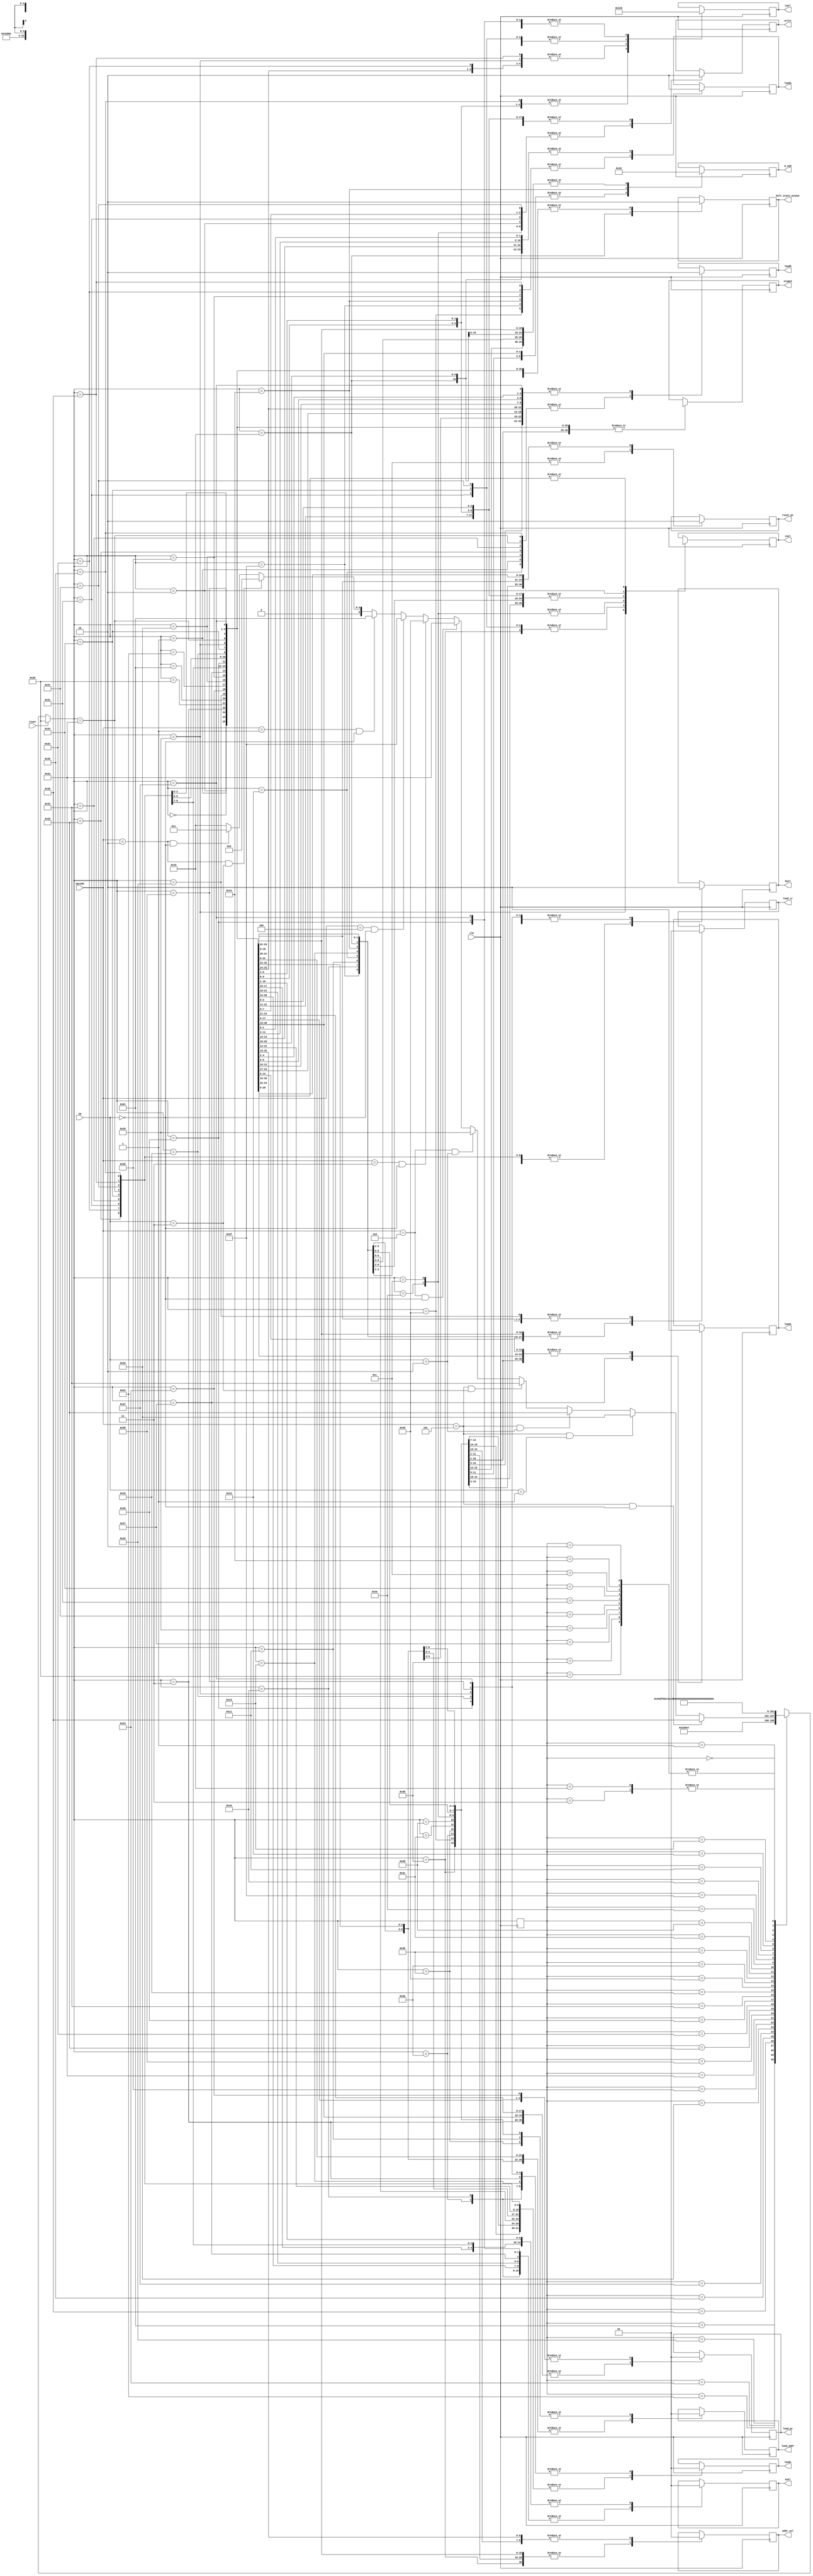
//modifications
`define R 2'b01
`define W 2'b10
`define Reset 6'b100000
`define IF1 6'b100001
`define IF2 6'b100010
`define UpdatePC 6'b100011

				/*state encodings are done in 5 bit binary (needed to encode all states uniquely. */
`define decode 6'b100100
`define CMP1 6'b100101			/*After moving values in the registers - which in turn is done using the MOVSIGN1 states, we describe 3 compare states required to do one row of operations in the table.  */
`define CMP2 6'b100110
`define CMP3 6'b100111

`define MOVSIGN1 6'b101000		/*state encoding for moving a value imm8 into the desired register*/

`define MOVSHIFT1 6'b101010			/*MOVSHIFT operation: Writing a value to Rm, shifting it, reading it to Rm (3 states)*/
`define MOVSHIFT2 6'b101011
`define MOVSHIFT3 6'b101100

`define AND1 6'b101101			/*Reading a value to Rm, reading a value to Rn, shifting the Rm value and AND'ing with Rn (instruction set), reading it to Rd (4 cycles)*/
`define AND2 6'b101110
`define AND3 6'b110000
`define AND4 6'b110001

`define MVN1 6'b110010				/*Reading to Rm, shifting and NOT'ing it (instruction set), reading to Rd (3 cycles = 3 states )*/
`define MVN2 6'b110011
`define MVN3 6'b110100

`define ADD1 6'b110101				/*Similar procedure to AND operation hence 4 cycles i.e. need 4 states to encode this operation.*/
`define ADD2 6'b110110
`define ADD3 6'b110111
`define ADD4 6'b111000

`define LDR1 6'b111001				/*NEW states defined for Load and store and halt instructions.*/ 
`define LDR2 6'b111010
`define LDR3 6'b111011
`define LDR4 6'b111100
`define LDR5 6'b111101
`define LDR6 6'b111110
`define LDR7 6'b001100

`define STR1 6'b111111
`define STR2 6'b010000
`define STR3 6'b010001
`define STR4 6'b010010
`define STR5 6'b010011
`define STR6 6'b010100

`define HALT 6'b010101

`define BL1 6'b000010

`define BX1 6'b000001
`define BX2 6'b000000
`define BX3 6'b000011
module statemachine(opcode, op, reset, clk,

nsel,
vsel,

write, 

loada,
loadb,

bsel,
asel,

loadc,
loads,

//modifications
load_ir,
load_pc,
reset_pc,
addr_sel,
m_cmd,
load_addr,
halt_state_output,stage2
);
	
	//modifications

	output reg load_pc;		//more outputs that determine the progression of the program and controlling of state machine
	output reg reset_pc;
	output reg [1:0] m_cmd;		//read or write
	output reg addr_sel;		//selecting between PC counter and data address RLE.	
	output reg load_ir;		//load ro instruction register
	output reg load_addr;		//controls the flow address coming out of datapath to memory. 
	output reg stage2;
	input [2:0] opcode; //assume 101 = ALU
	input [1:0] op;// assume 00 = ADD
	input reset;
	input clk;
	
	reg [5:0] present_state;
	output reg halt_state_output;		/*keep track of current state we are in to progress*/

	output reg [2:0] nsel;	
	output reg [3:0] vsel; //9

	output reg write;
	
	output reg loada; //3

	output reg loadb; //3

	output reg bsel; //7

	output reg asel; //6


	output reg loadc; //5

	output reg loads; //10


always @(posedge clk) begin
if(reset == 1) begin			/*synchronous reset*/
	present_state = `Reset;
end else begin
	case(present_state)		/*First case statement handles transitions */
	`Reset: present_state = `IF1;	/*new states for stage 1 of lab: instruction memory*/
	
	`IF1: present_state = `IF2;	/*following the state transition diagram in lab doc*/
	
	`IF2: present_state = `UpdatePC;
	
	`UpdatePC: present_state = `decode;
	
	`decode: 					/*many types of operations branch out from the decode state depending on opcode and op: the next state depends on these and as a result so do subsequent states.*/
		if(opcode == 3'b101 && op == 2'b00) begin
			present_state = `ADD1;
		end else if(opcode == 3'b101 && op == 2'b01) begin
			present_state = `CMP1;
		end else if(opcode == 3'b101 && op == 2'b10) begin
			present_state = `AND1; 
		end else if(opcode == 3'b101 && op == 2'b11) begin
			present_state = `MVN1;
		end
		
			else if(opcode == 3'b110 && op == 2'b10) begin
			present_state = `MOVSIGN1;
		end else if (opcode == 3'b110 && op == 2'b00) begin
			present_state = `MOVSHIFT1;
		end 
		else if (opcode == 3'b011 && op == 2'b00) begin		//more opcodes for halt, str and load "paths."
			present_state = `LDR1;
		end else if (opcode == 3'b100 && op == 2'b00) begin
			present_state = `STR1;
		end 
		else if(opcode == 3'b001 && op ==2'b00)begin 
			present_state = `IF1;
		end
		else if(opcode==3'b010 && op==2'b11) begin // To execute BL instructon 
			present_state = `BL1;
		end
		else if(opcode==3'b010 && op==2'b00) begin
			present_state = `BX1;	// To execute BX instruction
		end 
		else begin 
			present_state = `HALT;
		end
		
	`ADD1: present_state = `ADD2;		/*Once ADD state begins, proceed to complete the whole ADD cycle before returning back to Wait.*/
	`ADD2: present_state = `ADD3;
	`ADD3: present_state = `ADD4;
	`ADD4: present_state = `IF1;
	
	`CMP1: present_state = `CMP2;		/*similar for all other states once a path is inititated.*/
	`CMP2: present_state = `CMP3;
	`CMP3: present_state = `IF1;

	`MOVSIGN1: present_state = `IF1;
	
	`MOVSHIFT1: present_state = `MOVSHIFT2;
	`MOVSHIFT2: present_state = `MOVSHIFT3;
	`MOVSHIFT3: present_state = `IF1;
    
  	`AND1: present_state = `AND2;
 	`AND2: present_state =`AND3;
  	`AND3: present_state = `AND4;
  	`AND4: present_state = `IF1; 

  	`MVN1: present_state = `MVN2;
  	`MVN2: present_state = `MVN3; 
  	`MVN3: present_state = `IF1;

	`LDR1: present_state = `LDR2;	/*Need 7 states to load from memory to register*/
	`LDR2: present_state = `LDR3;
	`LDR3: present_state = `LDR4;
	`LDR4: present_state = `LDR5;
	`LDR5: present_state = `LDR6;
	`LDR6: present_state = `LDR7;
	`LDR7: present_state = `IF1;

	`STR1: present_state = `STR2; 	/*Need 7 states to load from memory to register*/
	`STR2: present_state = `STR3;
	`STR3: present_state = `STR4;
	`STR4: present_state = `STR5;
	`STR5: present_state = `STR6;
	`STR6: present_state = `IF1;
	
	`BL1:present_state=`IF1;
	
	
	`BX1:present_state=`BX2;
	`BX2:present_state = `BX3;
	`BX3:present_state = `HALT;
	
 	`HALT: present_state = `HALT; 	/*unconditional looping*/ 
	default: present_state = 6'bxxxxxx; 
	endcase
end
	case(present_state)				/*The second case statement describes the outputs associated with each state - good FSM coding practice. */ 
		`Reset: begin				/*w = 1 for autograder, everything else set to inactive state.*/				
	nsel = 0;
	vsel = 0;
	loada = 0;
        loadb = 0;	
        asel = 0;
        bsel = 0;
        loadc = 0;
        loads = 0;
        write = 0; 
	halt_state_output = 0;
	stage2 = 1'bx;
	//new	
	reset_pc = 1;	/*Sets the program couter to 0*/ 
	load_pc = 1;
	load_ir = 0;
	m_cmd = 2'b00;
	addr_sel = 1;
	load_addr = 0;
	
end


		`IF1: begin		
	load_ir = 0;
	load_pc = 0;
	reset_pc = 0;
	addr_sel  = 1; //modified - delivers the PC increment to memory which is read using the Read command. 
	m_cmd = `R;		//memory is instructed to read data. 
	addr_sel = 1;
	load_addr = 0;
	nsel = 0;
	vsel = 0;
	loada = 0;
        loadb = 0;	
        asel = 0;
        bsel = 0;
        loadc = 0;
        loads = 0;
        write = 0; 
	halt_state_output = 0;
	stage2 = 1'bx;
	
end
		`IF2: begin

	load_ir = 1;		//load_ir feeds an instruction set to be decoded 
	load_pc = 0;
	reset_pc = 0;
	m_cmd = `R;		//memory still instructed to read 
	addr_sel = 1;
	load_addr = 0;
	nsel = 0;
	vsel = 0;
	loada = 0;
        loadb = 0;	
        asel = 0;
        bsel = 0;
        loadc = 0;
        loads = 0;
        write = 0; 
	halt_state_output = 0;
	stage2 = 1'bx;
end
		`UpdatePC: begin

	load_ir = 0;		//State responsible for incrementing program counter by 1. 
	load_pc = 1;
	reset_pc = 0;
	m_cmd = 2'b00;		//memory is inactive in this state.  
	addr_sel = 0;
	load_addr = 0;
	nsel = 0;
	vsel = 0;
	loada = 0;
        loadb = 0;	
        asel = 0;
        bsel = 0;
        loadc = 0;
        loads = 0;
        write = 0; 
	halt_state_output = 0;
stage2 = 1'bx;
end
	
		`decode: begin			/*w is set to 0*/
				nsel = 0;
				vsel = 0;
				loada = 0;
        			loadb = 0;	
        			asel = 1;
        			bsel = 1;
        			loadc = 0;
        			loads = 0;
        			write = 0; 
				stage2 = 1'bx;
				reset_pc = 0;
				load_pc  = 0;
				m_cmd = 2'b00;
				addr_sel = 0;
				load_ir = 0;
				load_addr = 0;
				halt_state_output = 0;
end
	
		`CMP1: begin		/*Rm is selected with nsel, and written into load b in datapath.*/
			nsel = 3'b001;
			vsel = 0;
			loada = 0;
       			loadb = 1;	
        		asel = 1;
        		bsel = 1;
        		loadc = 0;
        		loads = 0;
        		write = 0; 
			halt_state_output = 0;
			reset_pc = 0;
			load_pc  = 0;
			m_cmd = 2'b00;
			addr_sel = 0;
			load_ir = 0;
			load_addr = 0;
			stage2 = 1'bx;
			end	
		`CMP2: begin     /*Rn is selected with nsel, and written into load a in datapath.*/
      
		stage2 = 1'bx;		
		nsel = 3'b100;
		vsel = 0;
		loada = 1;
        	loadb = 0;	
        	asel = 1;
        	bsel = 1;
        	loadc = 0;
        	loads = 0;
        	write = 0; 
		halt_state_output = 0;
				reset_pc = 0;
				load_pc  = 0;
				m_cmd = 2'b00;
				addr_sel = 0;
				load_ir = 0;
				load_addr = 0;
		end
	
		`CMP3: begin		/*Rn is selected with nsel, and load s is ACTIVATED to get Z,V,and N signals out from datapath (special to CMP operation)*/
		stage2 = 1'bx;
		nsel = 3'b100;
		vsel = 0;
		loada = 0;
        	loadb = 0;	
        	asel = 0;
        	bsel = 0;
        	loadc = 0;				
        	loads = 1;
        	write = 0; 
		halt_state_output = 0;
				reset_pc = 0;
				load_pc  = 0;
				m_cmd = 2'b00;
				addr_sel = 0;
				load_ir = 0;
				load_addr = 0;
	end 

	`AND1: begin			/*Rm is copeied into load b which will then pass onto the shifter for succesfully finishing sh<Rm>*/
      
		stage2 = 1'bx;
		nsel = 3'b001;
		vsel = 0;
		loada = 0;
        	loadb = 1;	
        	asel = 1;
        	bsel = 1;
        	loadc = 0;
        	loads = 0;
        	write = 0; 
		halt_state_output = 0;
				reset_pc = 0;
				load_pc  = 0;
				m_cmd = 2'b00;
				addr_sel = 0;
				load_ir = 0;
				load_addr = 0;
   end
      
		`AND2: begin	/*Rn copied into load a.*/
      stage2 = 1'bx;
      nsel = 3'b100;
			vsel = 0;
			loada = 1;
      loadb = 0;	
      asel = 1;
      bsel = 1;
      loadc = 0;
      loads = 0;
      write = 0; 
			halt_state_output = 0;
				reset_pc = 0;
				load_pc  = 0;
				m_cmd = 2'b00;
				addr_sel = 0;
				load_ir = 0;
				load_addr = 0;
      
    end
      
      `AND3: begin		/*load c activated to store the result of the AND operation in datapath*/
      stage2 = 1'bx;
      nsel = 0;
	vsel = 0;
	loada = 0;
      loadb = 0;	
      asel = 0;
      bsel = 0;
      loadc = 1;
      loads = 0;
      write = 0; 
			halt_state_output = 0;
				reset_pc = 0;
				load_pc  = 0;
				m_cmd = 2'b00;
				addr_sel = 0;
				load_ir = 0;
				load_addr = 0;
			
      end
    
    	`AND4: begin	/*write is set to 1 to write the result to Rd and vsel is set to 4'b0001 to make sure the output from the calculation is fed back into the mux to go into desired register. */
        stage2 = 1'bx;
      nsel = 3'b010;
			vsel = 4'b0001;
			loada = 0;
      loadb = 0;	
      asel = 1;
      bsel = 1;
      loadc = 0;
      loads = 0;
      write = 1; 
			halt_state_output = 0;
				reset_pc = 0;
				load_pc  = 0;
				m_cmd = 2'b00;
				addr_sel = 0;
				load_ir = 0;
				load_addr = 0;
			
      end
    
    `MVN1: begin /*Rm is copied onto load b.*/
      stage2 = 1'bx;
      nsel = 3'b001;
			vsel = 0;
			loada = 0;
      loadb = 1;	
      asel = 1;
      bsel = 1;
      loadc = 0;
      loads = 0;
      write = 0; 
			halt_state_output = 0;
				reset_pc = 0;
				load_pc  = 0;
				m_cmd = 2'b00;
				addr_sel = 0;
				load_ir = 0;
				load_addr = 0;
      
    end
      
    `MVN2: begin	/*load c is activated to let through the not-shifted Rm value*/
      stage2 = 1'bx;
      nsel = 3'b001;
			vsel = 0;
			loada = 0;
      loadb = 0;	
      asel = 1;
      bsel = 0;
      loadc = 1;
      loads = 0;
      write = 0; 
			halt_state_output = 0;
				reset_pc = 0;
				load_pc  = 0;
				m_cmd = 2'b00;
				addr_sel = 0;
				load_ir = 0;
				load_addr = 0;
        
      end
    
        `MVN3: begin	/*writing the result onto Rd, vsel is chosen as 0001 to choose the C output to feedback into the mux so that it can go into our desired register. */
      stage2 = 1'bx;
      
      nsel = 3'b010;
			vsel = 4'b0001;
			loada = 0;
      loadb = 0;	
      asel = 1;
      bsel = 1;
      loadc = 0;
      loads = 0;
      write = 1; 
			halt_state_output = 0;
				reset_pc = 0;
				load_pc  = 0;
				m_cmd = 2'b00;
				addr_sel = 0;
				load_ir = 0;
				load_addr = 0;
      
    end

	`MOVSIGN1: begin	/*the input value is written onto Rn (selected from nsel and write = 1)*/
      stage2 = 1'bx;
      nsel = 3'b100;
			vsel = 4'b0100;
			loada = 0;
      			loadb = 0;	
      			asel = 1;
      			bsel = 0;
      loadc = 1;
      loads = 0;
      write = 1; 
			halt_state_output = 0;
				reset_pc = 0;
				load_pc  = 0;
				m_cmd = 2'b00;
				addr_sel = 0;
				load_ir = 0;
				load_addr = 0;

	end

	`MOVSHIFT1: begin		/*Rm is fed into load b for shifting and bitwise notting.*/
      stage2 = 1'bx;
   
      nsel = 3'b001;
			vsel = 0;
			loada = 0;
      			loadb = 1;	
      			asel = 1;
      			bsel = 1;
      loadc = 0;
      loads = 0;
      write = 0; 
			halt_state_output = 0;
				load_pc = 0;
				reset_pc = 0;
				m_cmd = 2'b00;
				addr_sel = 0;
				load_ir = 0;
				load_addr = 0;
	end

	`MOVSHIFT2: begin	/*load c is activated to return the result of the operations done on Rm. */
      stage2 = 1'bx;
           nsel = 3'b001;
		vsel = 0;
		loada = 0;
      		loadb = 0;	
      		asel = 1;
      		bsel = 0;
      loadc = 1;
      loads = 0;
      write = 0; 
			halt_state_output = 0;
				reset_pc = 0;
				load_pc  = 0;
				m_cmd = 2'b00;
				addr_sel = 0;
				load_ir = 0;
				load_addr = 0;	
				reset_pc = 0;
				m_cmd = 2'b00;
				load_addr = 0;

	end

	`MOVSHIFT3: begin	/*This value is written onto Rd by looping it back through the multiplexer (write = 1 and vsel = 0001).*/
      stage2 = 1'bx;
      nsel = 3'b010;
			vsel = 4'b0001;
			loada = 0;
      			loadb = 0;	
      			asel = 1;
      			bsel = 1;
      loadc = 0;
      loads = 0;
      write = 1; 
		halt_state_output = 0;

				reset_pc = 0;
				load_pc  = 0;
				addr_sel  = 0;
				m_cmd = 2'b00;
				addr_sel = 0;
				load_ir = 0;
				load_addr = 0;

	end
        
	`ADD1: begin		/*Rn copied onto load a.*/

 		// register operand fetch stage
stage2 = 1'bx;
                nsel = 3'b100;
		vsel = 0;
                loada = 1;
                loadb = 0;	

                // computation stage (sometimes called "execute")
                asel = 1;
                bsel = 1;
                loadc = 0;
                loads = 0;
halt_state_output = 0;
                // set when "writing back" to register file
                
                write = 0; 

		reset_pc = 0;
		load_pc  = 0;
		addr_sel  = 0;
		m_cmd = 2'b00;
		addr_sel = 0;
		load_ir = 0;
		load_addr = 0;
	end
	`ADD2: begin		/*Rm copied to load b for shifting purposes. */
stage2 = 1'bx;
		halt_state_output = 0;
		nsel = 3'b001;
		vsel = 0;
                loada = 0;
                loadb = 1;	
		

                // computation stage (sometimes called "execute")
           
                asel = 1;
                bsel = 1;
               
                loadc = 0;
                loads = 0;

                // set when "writing back" to register file
            
                write = 0; 
          
		//modification
		
				reset_pc = 0;
				load_pc  = 0;
				addr_sel  = 0;
				m_cmd = 2'b00;
				addr_sel = 0;
				load_ir = 0;
				load_addr = 0;
	end 
	`ADD3:	begin	/*load c activated to yield the addition result*/
	stage2 = 1'bx;
		halt_state_output = 0;
		nsel = 0;
		vsel = 0;
                loada = 0;
                loadb = 0;	
		//readnum,

                // computation stage (sometimes called "execute")
             
                asel = 0;
                bsel = 0;
              
                loadc = 1;
                loads = 0;

                // set when "writing back" to register file
             
                write = 0; 
            

		//modification

				reset_pc = 0;
				load_pc  = 0;
				addr_sel  = 0;
				m_cmd = 2'b00;
				addr_sel = 0;
				load_ir = 0;
				load_addr = 0;
	end
	`ADD4: 	begin		/*result is written onto Rd*/
halt_state_output = 0;
		nsel = 3'b010;
		vsel = 4'b0001;
                loada = 0;
                loadb = 0;	
		stage2 = 1'bx;

                // computation stage (sometimes called "execute")
             
                asel = 1;
                bsel = 1;
              
                loadc = 0;
                loads = 0;

                // set when "writing back" to register file
              
                write = 1; 
             
		//modification

				reset_pc = 0;
				load_pc  = 0;
				addr_sel  = 0;
				m_cmd = 2'b00;
				addr_sel = 0;
				load_ir = 0;
				load_addr = 0;
	end

`LDR1: begin		/*Rn needs to be added to im5 hence it is let through load A. */
	reset_pc = 0;	
	load_pc  = 0;
	m_cmd = 2'b00;
	addr_sel = 1;
	load_ir = 0;
	load_addr = 0;
	nsel = 3'b100; //Rn = 100 Rd = 010 Rm = 001
	vsel = 0;
	loada = 1; //mod	
    	loadb = 0;	
    	asel = 1;
    	bsel = 1;
    	loadc = 0;
    	loads = 0;
    	write = 0; 	/*Rn + im5 is the address that needs to be fed to memory.*/ 
halt_state_output = 0;
stage2 = 1'bx;
end
`LDR2: begin
	reset_pc = 0;
	load_pc  = 0;
	m_cmd = 2'b00;
	addr_sel = 1;
	load_ir = 0;
	load_addr = 0;
	nsel = 3'b100; //Rn = 100 Rd = 010 Rm = 001
	vsel = 0;
	loada = 0;
    	loadb = 0;	
    	asel = 0;
    	bsel = 1;
    	loadc = 1; //mod - taken out of datapath
    	loads = 0;
    	write = 0; 
	halt_state_output = 0;
stage2 = 1'bx;
end	
`LDR3:  begin
	reset_pc = 0;
	load_pc  = 0;
	m_cmd = 2'b00;
	addr_sel = 1;
	load_ir = 0;
	load_addr = 1; //mod - passes through the Data address RLE and
	nsel = 3'b100; //Rn = 100 Rd = 010 Rm = 001
	vsel = 0;
	loada = 0;
    	loadb = 0;	
    	asel = 1;
    	bsel = 1;
    	loadc = 0;
    	loads = 0;
    	write = 0; 
halt_state_output = 0;
stage2 = 1'bx;
end	
`LDR4: begin
	reset_pc = 0;
	load_pc  = 0;
	m_cmd = `R;	//m_cmd set to read. 
	addr_sel = 0; //mod - for transferring the address value to the memory block side. 
	load_ir = 0;
	load_addr = 0; //mod
	nsel = 3'b100; //Rn = 100 Rd = 010 Rm = 001
	vsel = 0;
stage2 = 1'bx;
	loada = 0;
    	loadb = 0;	
    	asel = 1;
    	bsel = 1;
    	loadc = 0;
    	loads = 0;
    	write = 0; 
	halt_state_output = 0;
end	
`LDR5: begin			//duplicated - reading address into memory (LDR4) and copying the value out of RAM (LDR5). 
	reset_pc = 0;		//dout - > readdata-> mdata = happening at the next clock edge after LDR4. 
	load_pc  = 0;
	m_cmd = `R;
	addr_sel = 0; //mod
	load_ir = 0;
stage2 = 1'bx;
	load_addr = 0; //mod
	nsel = 3'b100; //Rn = 100 Rd = 010 Rm = 001
	vsel = 0;
	loada = 0;
    	loadb = 0;	
    	asel = 1;
    	bsel = 1;
    	loadc = 0;
    	loads = 0;
    	write = 0; 
	halt_state_output = 0;
end	
`LDR6: begin
	reset_pc = 0;
	load_pc  = 0;
stage2 = 1'bx;
	m_cmd = `R;
	addr_sel = 0; //mod
	load_ir = 0;
	load_addr = 0; //mod
	nsel = 3'b010; //Rn = 100 Rd = 010 Rm = 001 	(Selecting Rd now for placing contents into.)
	vsel = 4'b1000; //reading from mdata
	loada = 0;
    	loadb = 0;	
    	asel = 1;
    	bsel = 1;
   	loadc = 0;
    	loads = 0;
    	write = 1; 
halt_state_output = 0;
	
end	

`LDR7: begin
	reset_pc = 0;
	load_pc  = 0;
	m_cmd = `R;
stage2 = 1'bx;
	addr_sel = 0; //mod
	load_ir = 0;
	load_addr = 0; //mod
	nsel = 3'b010; //Rn = 100 Rd = 010 Rm = 001 	(Selecting Rd now for placing contents into.)
	vsel = 4'b1000; //reading from mdata
	loada = 0;
    	loadb = 0;	
    	asel = 1;
    	bsel = 1;
   	loadc = 0;
    	loads = 0;
    	write = 1; 

	halt_state_output = 0;
end	
	
	
`STR1: begin			/*STR1-3 are the exactly the same isntructions as LDR1-3: copying the address out of datapath */ 
	reset_pc = 0;
	load_pc  = 0;
stage2 = 1'bx;
	m_cmd = 2'b00;
	addr_sel = 0;
	load_ir = 0;
	load_addr = 0;
	nsel = 3'b100; //Rn = 100 Rd = 010 Rm = 001
	vsel = 0;
	loada = 1; //mod
    	loadb = 0;	
    	asel = 1;
    	bsel = 1;
    	loadc = 0;
    	loads = 0;
    	write = 0; 
halt_state_output = 0;
end	

`STR2: begin
	reset_pc = 0;
	load_pc  = 0;
	m_cmd = 2'b00;
	addr_sel = 0;
stage2 = 1'bx;
	load_ir = 0;
	load_addr = 0;
	nsel = 3'b100; //Rn = 100 Rd = 010 Rm = 001
	vsel = 0;
	loada = 0; //mod
    	loadb = 0;	
    	asel = 0;
    	bsel = 1;
    	loadc = 1;
    	loads = 0;
    	write = 0; 
halt_state_output = 0;
end	

`STR3: begin
	reset_pc = 0;
	load_pc  = 0;
	m_cmd = 2'b00;
	addr_sel = 0;
	load_ir = 0;
stage2 = 1'bx;
	load_addr = 1;
	nsel = 3'b100; //Rn = 100 Rd = 010 Rm = 001
	vsel = 0;
	loada = 0; //mod
    	loadb = 0;	
    	asel = 1;
    	bsel = 1;
    	loadc = 0;
    	loads = 0;
halt_state_output = 0;
    	write = 0; 
end	

`STR4: begin //value already copied to address - beginning move of Rd out of register 
	reset_pc = 0;
	load_pc  = 0; 
	m_cmd = 2'b00;
stage2 = 1'bx;
	addr_sel = 0;
	load_ir = 0;
	load_addr = 0;
	nsel = 3'b010; //Rn = 100 Rd = 010 Rm = 001
	vsel = 0;
	loada = 0; //mod
    	loadb = 1;	//Rd is copied out to load b - BUT SHIFTER IS DISABLED for the STR opcode!! so no shift
    	asel = 1;	//Don't want Rd to go through ALU yet. 
    	bsel = 1;
    	loadc = 0;
    	loads = 0;
    	write = 0; 
halt_state_output = 0;
end	

`STR5: begin
	reset_pc = 0;
	load_pc  = 0;
	m_cmd = 2'b00;
stage2 = 1'bx;
	addr_sel = 0;
	load_ir = 0;
	load_addr = 0;
	nsel = 3'b010; //Rn = 100 Rd = 010 Rm = 001
	vsel = 0;
	loada = 0; //mod
    	loadb = 0;	
    	asel = 1;
    	bsel = 0;
    	loadc = 1;	//Rd passes out of datapath when load c = 1
    	loads = 0;	
    	write = 0; 
halt_state_output = 0;
end	

`STR6: begin
	reset_pc = 0;
	load_pc  = 0;
	m_cmd = `W;	//memory is instructed to write the Rd on the correct address, also specified by STR. 
	addr_sel = 0;
	load_ir = 0;
stage2 = 1'bx;
	load_addr = 0;
	nsel = 3'b010; //Rn = 100 Rd = 010 Rm = 001
	vsel = 0;
	loada = 1; //mod
    	loadb = 0;	
    	asel = 1;
    	bsel = 1;
    	loadc = 0;
    	loads = 0;
    	write = 0; 
	halt_state_output = 0;
end	



	`HALT: begin		/*only responsible for making Program counter to 0. Will unconditionally loop to itself.*/
	halt_state_output = 1;
	reset_pc = 1;		//mod
	load_pc  = 0;
	m_cmd = 2'b00; //mod
	addr_sel = 0; //mod
	load_ir = 0;
stage2 = 1'bx;
	load_addr = 0; //mod
	nsel = 3'b010; //Rn = 100 Rd = 010 Rm = 001
	vsel = 0; //mod
	loada = 0;
    	loadb = 0;	
    	asel = 1;
    	bsel = 1;
    	loadc = 0;
    	loads = 0;
    	write = 0; 
	end	
`BL1: begin
	nsel = 3'b100; // To Store value of PC in Rn
	vsel = 4'b0010;
stage2 = 1'bx;
	loada = 0;
        loadb = 0;	
        asel = 0;
        bsel = 0;
        loadc = 0;
        loads = 0;
        write = 1; 
	halt_state_output = 0;
	
	//new	
	reset_pc = 0;	 
	load_pc = 0;
	load_ir = 1;
	m_cmd = 2'b00;
	addr_sel = 1;
	load_addr = 0;
	end
`BX1: begin
        nsel = 3'b010; // To Store value of PC in Rn
	vsel = 4'bx;
	loada = 0;
stage2 = 1'bx;
        loadb = 1;	
        asel = 0;
        bsel = 0;
        loadc = 0;
        loads = 0;
        write = 0; 
	halt_state_output = 0;
	
	//new	
	reset_pc = 0;	 
	load_pc = 1;
	load_ir = 1;
	m_cmd = 2'b00;
	addr_sel = 1;
	load_addr = 0;
	end
`BX2: begin
        nsel = 3'b000; // To Store value of PC in Rn
	vsel = 4'bx;
	loada = 0;
        loadb = 0;	
        asel = 1;
        bsel = 0;
        loadc = 0;
        loads = 0;
        write = 0; 
	halt_state_output = 0;
	stage2 = 1'bx;
	//new	
	reset_pc = 0;	 
	load_pc = 1;
	load_ir = 1;
	m_cmd = 2'b00;
	addr_sel = 1;
	load_addr = 0;
	end 
`BX3: begin
        nsel = 3'b000; // To Store value of PC in Rn
	vsel = 4'bx;
	loada = 0;
        loadb = 0;	
        asel = 1;
        bsel = 0;
        loadc = 1;
        loads = 0;
        write = 0; 
	halt_state_output = 0;
	stage2 = 1'bx;
	//new	
	reset_pc = 0;	 
	load_pc = 1;
	load_ir = 1;
	m_cmd = 2'b00;
	addr_sel = 1;
	load_addr = 1;
	end 
endcase

end

endmodule